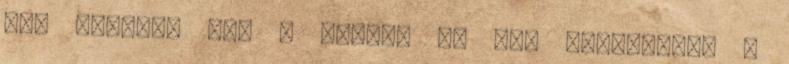
aki meginná azt a vizet? Én nem Gondoljunk a